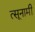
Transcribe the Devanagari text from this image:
त्सूनामी